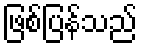
ဖြစ်ပြန်သည်